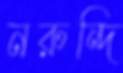
নরুন্দি